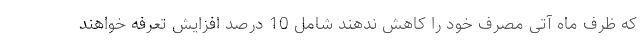
که ظرف ماه آتی مصرف خود را کاهش ندهند شامل 10 درصد افزایش تعرفه خواهند